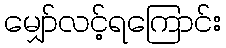
မျှော်လင့်ရကြောင်း